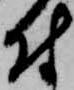
付